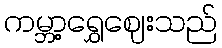
ကမ္ဘာ့ရွှေဈေးသည်